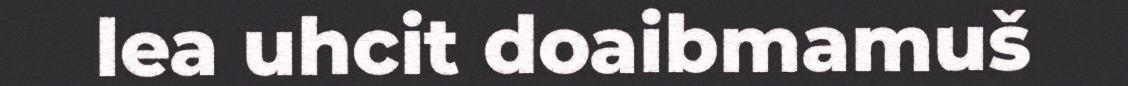
lea uhcit doaibmamuš